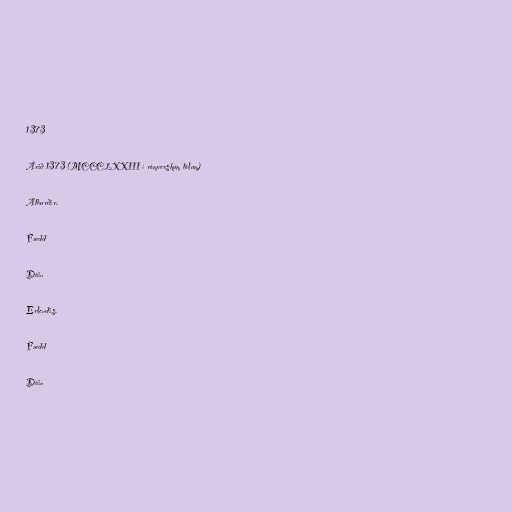
1373

Árið 1373 (MCCCLXXIII í rómverskum tölum)

Atburðir.

Fædd

Dáin

Erlendis.

Fædd

Dáin